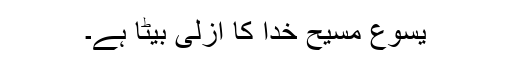
یسوع مسیح خُدا کا ازلی بیٹا ہے۔